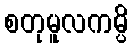
စတုမူလကမ္ပိ